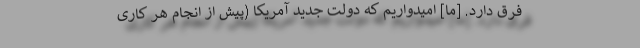
فرق دارد. [ما] امیدواریم که دولت جدید آمریکا (پیش از انجام هر کاری